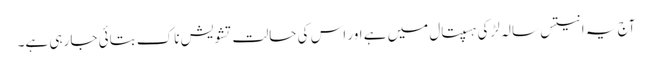
آج یہ انتیس سالہ لڑکی ہسپتال میں ہے اور اس کی حالت تشویش ناک بتائی جا رہی ہے۔